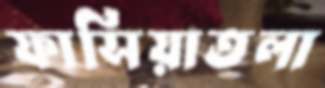
ফাসিয়াতলা